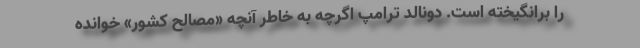
را برانگیخته است. دونالد ترامپ اگرچه به خاطر آنچه «مصالح کشور» خوانده